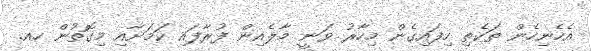
އެހެނިހެން ތަކެތި ހިފައިގެން މިހާރު ވަނީ މާލެއިން ފުރާފައި ކަމަށާއި މިގޮތުން ހއ.